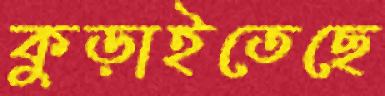
কুড়াইতেছে